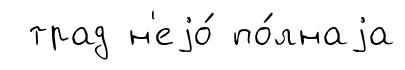
трад н'еjо́ по́лнаjа